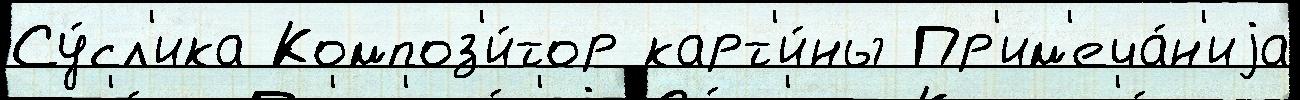
Су́сл'ика Композ'и́тор карт'и́ны Пр'им'еча́н'иjа